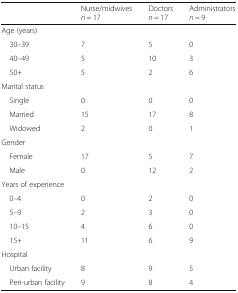
<table><thead><tr><td></td><td><b>Nurse/midwives <i>n</i> = 17</b></td><td><b>Doctors <i>n</i> = 17</b></td><td><b>Administrators <i>n</i> = 9</b></td></tr></thead><tbody><tr><td colspan="4">Age (years)</td></tr><tr><td> 30–39</td><td>7</td><td>5</td><td>0</td></tr><tr><td> 40–49</td><td>5</td><td>10</td><td>3</td></tr><tr><td> 50+</td><td>5</td><td>2</td><td>6</td></tr><tr><td colspan="4">Marital status</td></tr><tr><td> Single</td><td>0</td><td>0</td><td>0</td></tr><tr><td> Married</td><td>15</td><td>17</td><td>8</td></tr><tr><td> Widowed</td><td>2</td><td>0</td><td>1</td></tr><tr><td colspan="4">Gender</td></tr><tr><td> Female</td><td>17</td><td>5</td><td>7</td></tr><tr><td> Male</td><td>0</td><td>12</td><td>2</td></tr><tr><td colspan="4">Years of experience</td></tr><tr><td> 0–4</td><td>0</td><td>2</td><td>0</td></tr><tr><td> 5–9</td><td>2</td><td>3</td><td>0</td></tr><tr><td> 10–15</td><td>4</td><td>6</td><td>0</td></tr><tr><td> 15+</td><td>11</td><td>6</td><td>9</td></tr><tr><td colspan="4">Hospital</td></tr><tr><td> Urban facility</td><td>8</td><td>9</td><td>5</td></tr><tr><td> Peri-urban facility</td><td>9</td><td>8</td><td>4</td></tr></tbody></table>